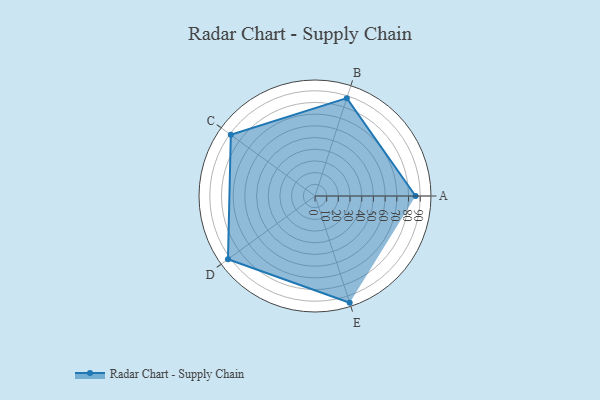
{"axis": {"x": "Skill", "y": "Score"}, "legend": ["Profile"], "data": [{"x": "A", "y": 86.0, "type": "Profile"}, {"x": "B", "y": 88.0, "type": "Profile"}, {"x": "C", "y": 89.0, "type": "Profile"}, {"x": "D", "y": 92.0, "type": "Profile"}, {"x": "E", "y": 96.0, "type": "Profile"}]}